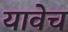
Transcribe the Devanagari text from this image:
यावेच